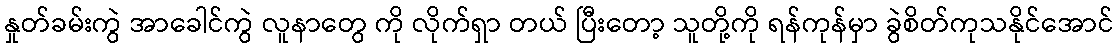
နှုတ်ခမ်းကွဲ အာခေါင်ကွဲ လူနာတွေ ကို လိုက်ရှာ တယ် ပြီးတော့ သူတို့ကို ရန်ကုန်မှာ ခွဲစိတ်ကုသနိုင်အောင်